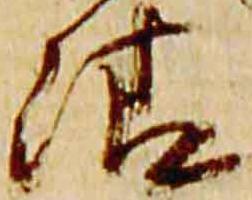
清